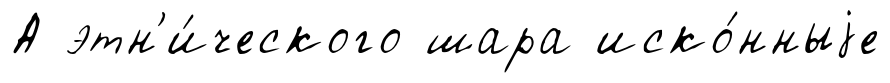
А этн'и́ческого шара иско́нныjе